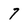
Character: 7